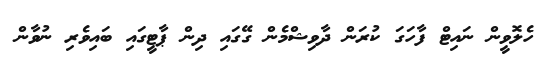
ހެލޮވީން ނައިޓް ފާހަގަ ކުރަން ދާވިޝްމެން ގޭގައި ދިން ޕާޓީގައި ބައިވެރި ނުވާން